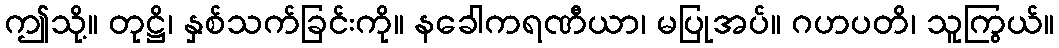
ဤသို့။ တုဋ္ဌိ၊ နှစ်သက်ခြင်းကို။ နခေါကရဏီယာ၊ မပြုအပ်။ ဂဟပတိ၊ သူကြွယ်။